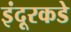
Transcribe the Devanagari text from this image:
इंदूरकडे